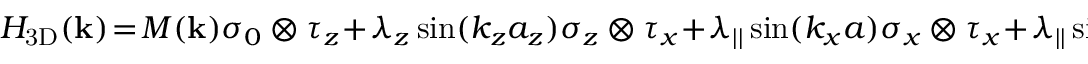
\begin{array} { r } { { \cal H } _ { \mathrm { 3 D } } ( { \bf k } ) \! = \! M ( { \bf k } ) \sigma _ { 0 } \otimes \tau _ { z } \! + \! \lambda _ { z } \sin ( k _ { z } a _ { z } ) \sigma _ { z } \otimes \tau _ { x } \! + \! \lambda _ { | | } \sin ( k _ { x } a ) \sigma _ { x } \otimes \tau _ { x } \! + \! \lambda _ { | | } \sin ( k _ { y } a ) \sigma _ { y } \otimes \tau _ { x } , } \end{array}